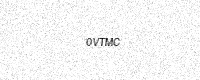
Text: 0VTMC